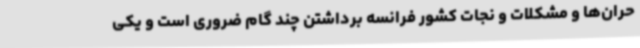
حران‌ها و مشکلات و نجات کشور فرانسه برداشتن چند گام ضروری است و یکی